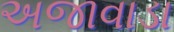
અજાવાડા